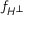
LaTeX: f _ { H ^ { \bot } }